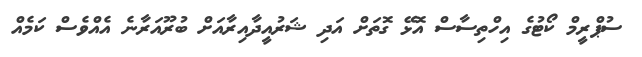
ސުޕްރީމް ކޯޓުގެ އިހްތިސާސް އޮޅޭ ގޮތަށް އަދި ޝަރުއީދާއިރާއަށް ބުރޫއަރާނެ އެއްވެސް ކަމެއް